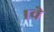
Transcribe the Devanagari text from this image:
।वे